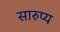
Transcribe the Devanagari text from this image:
सारुप्य